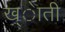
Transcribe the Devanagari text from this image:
ख्ेाती